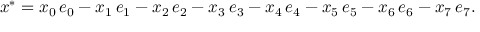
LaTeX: x ^ { * } = x _ { 0 } \, e _ { 0 } - x _ { 1 } \, e _ { 1 } - x _ { 2 } \, e _ { 2 } - x _ { 3 } \, e _ { 3 } - x _ { 4 } \, e _ { 4 } - x _ { 5 } \, e _ { 5 } - x _ { 6 } \, e _ { 6 } - x _ { 7 } \, e _ { 7 } .